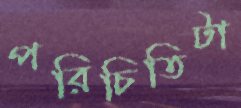
পরিচিতিটা